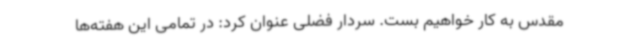
مقدس به کار خواهیم بست. سردار فضلی عنوان کرد: در تمامی این هفته‌ها